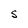
Character: S